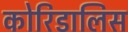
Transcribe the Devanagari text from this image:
कोरिडालिस